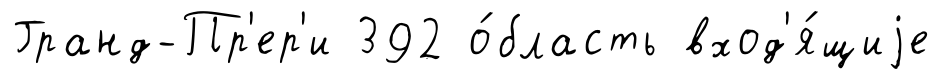
Гранд-Пр'ер'и 392 о́бласть вход'я́щиjе